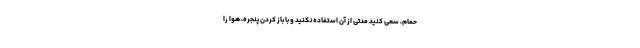
حمام، سعی کنید مدتی از آن استفاده نکنید و با باز کردن پنجره، هوا را